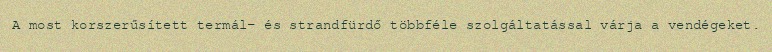
A most korszerűsített termál- és strandfürdő többféle szolgáltatással várja a vendégeket.